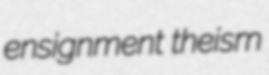
ensignment theism